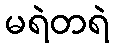
မရဲတရဲ